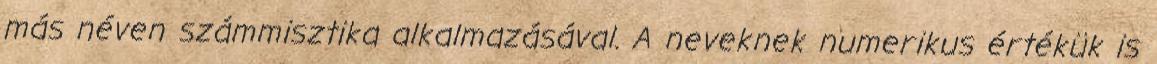
más néven számmisztika alkalmazásával. A neveknek numerikus értékük is